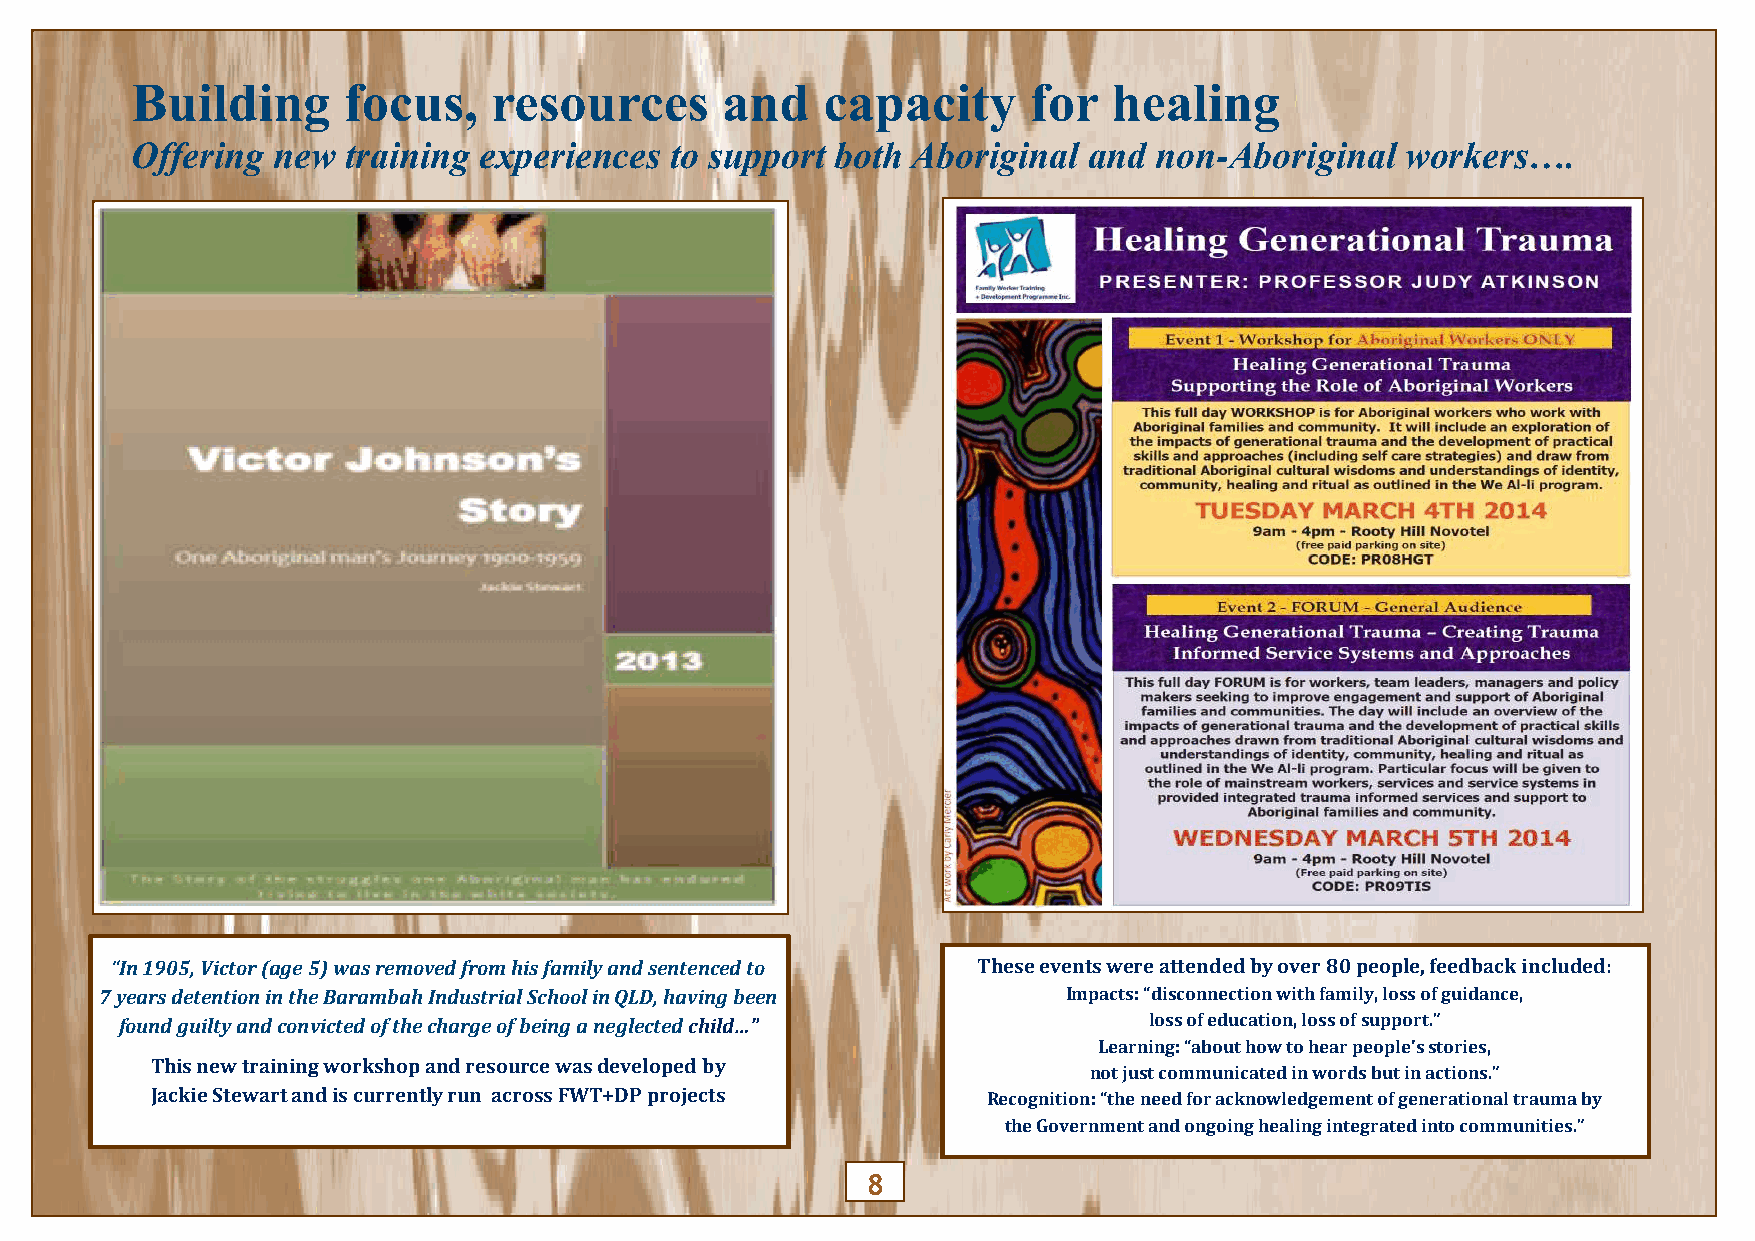
Building      focus,    resources      and   capacity      for   healing
 Offering new  training experiences to support both Aboriginal  and non-Aboriginal   workers….
 “In 1905, Victor (age 5) was removed from his family and sentenced to These events were attended by over 80 people, feedback included:
 7 years detention in the Barambah Industrial School in QLD, having been Impacts: “disconnection with family, loss of guidance,
 found guilty and convicted of the charge of being a neglected child…” loss of education, loss of support.”
 Learning: “about how to hear people’s stories,
 This new training workshop and resource was developed by
 not just communicated in words but in actions.”
 Jackie Stewart and is currently run across FWT+DP projects Recognition: “the need for acknowledgement of generational trauma by
 the Government and ongoing healing integrated into communities.”
 8